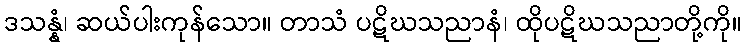
ဒသန္နံ၊ ဆယ်ပါးကုန်သော။ တာသံ ပဋိဃသညာနံ၊ ထိုပဋိဃသညာတို့ကို။